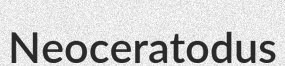
Neoceratodus